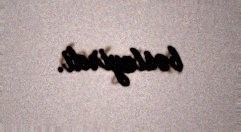
bəsləyirdi.